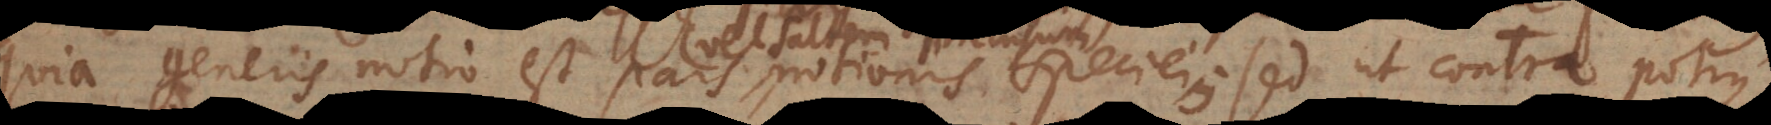
quia generis notio est pars notionis speciei; sed ut contra potiu